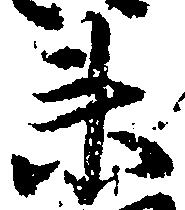
衛